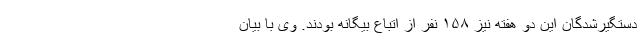
دستگیرشدگان این دو هفته نیز ۱۵۸ نفر از اتباع بیگانه بودند. وی با بیان